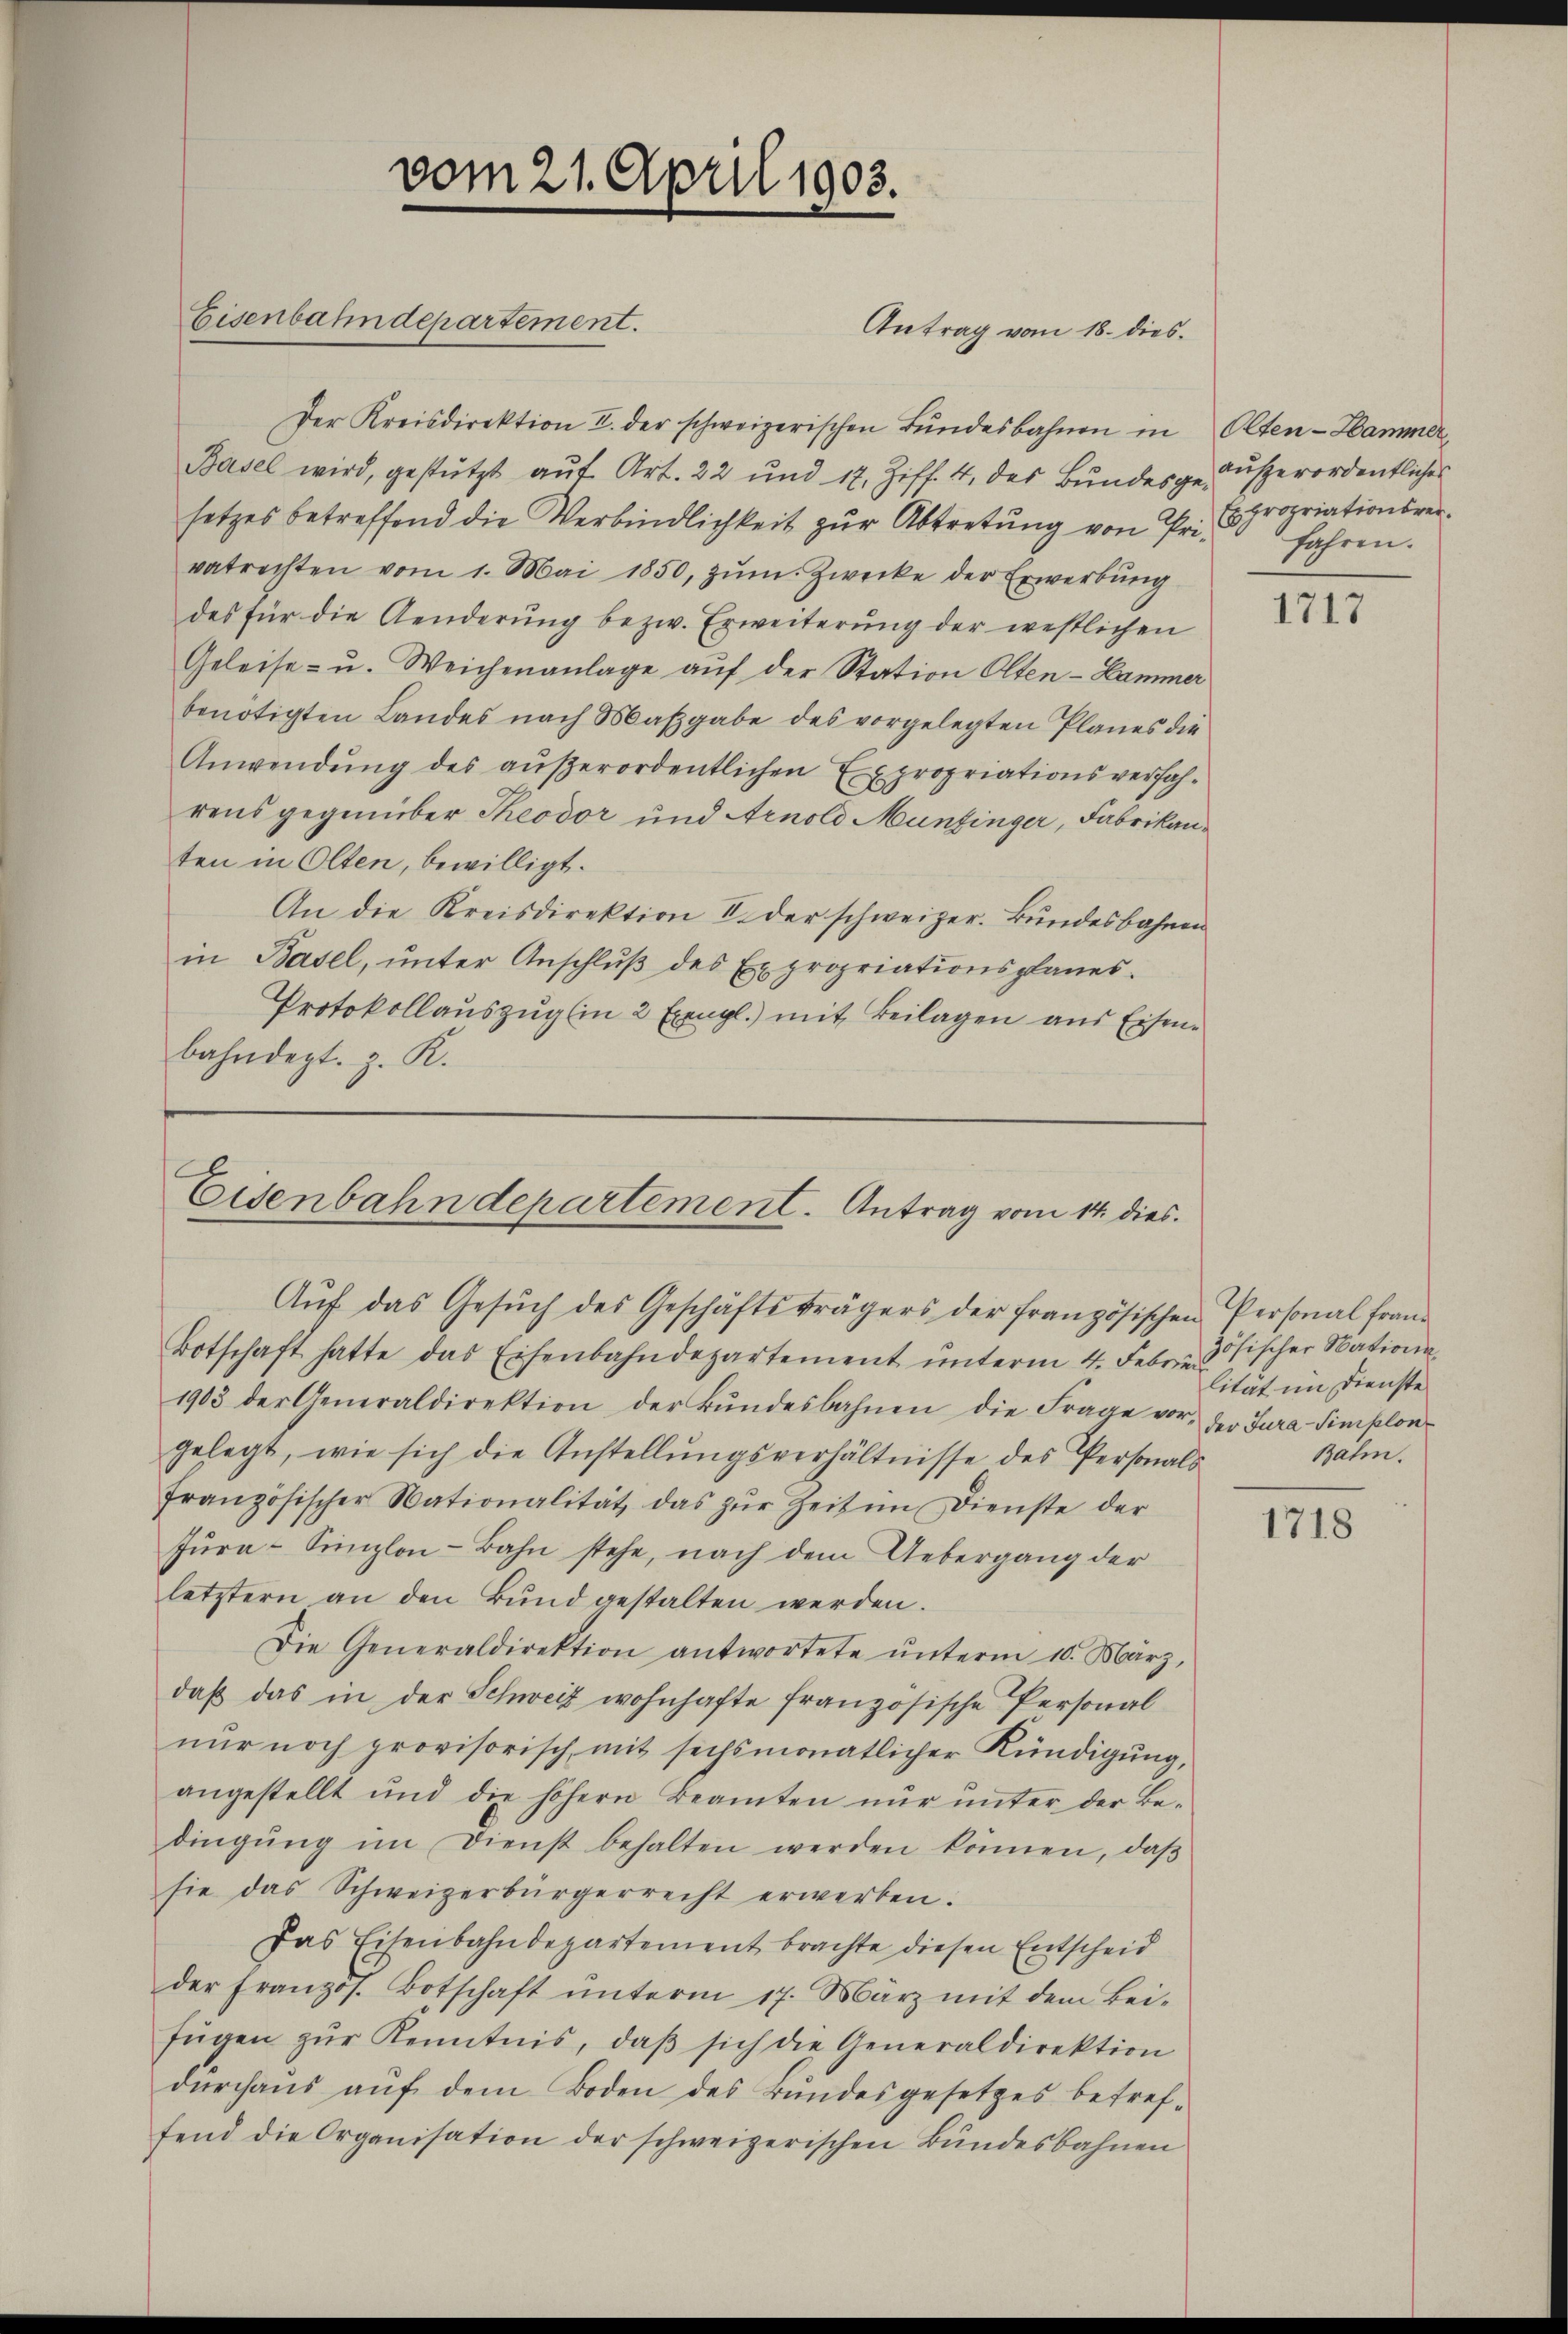
Eisenbahndepartement.

vom 21. April 1903.

Antrag vom 18. dies

Der Kreisdirektion I. der schweizerischen Bŭndesbahnen in Olten-Hammer,
Basel wird, gestützt aŭf Art. 22 und 17. Ziff. 4 des Bundesge außerordentliches
setzes betreffend die Verbindlichkeit zur Abtretung von Pr. propriationsvervatrechten vom 1. Mai 1850, zum Zwecke der Erwerbung
des für die Aenderung bezw. Erweiterung der westlichen
Geleise- u. Weichenanlage auf der Station Olten-Hammer
benötigten Landes nach Maβgabe des vorgelegten Planes die
Anwendŭng des aŭβerordentlichen Expropriationsverfahrens gegenüber Theodor und Arnold Munzinger, Fabrikanten in Olten, bewilligt.
An die Kreisdirektion I. der schweizer. Bundesbahnen
in Basel, ŭnter Anschlŭβ des Expropriationsplanes.
Protokollauszug (in 2 Exngl.) mit Beilagen aus Eisenbahndept. z. K.

Eisenbahndepartement. Antrag vom 14. dies
Aŭf das Gesŭch des Geschäftsträgers der französischen Personal fran¬

Botschaft hatte das Eisenbahndepartement ŭnterm 4. Febr. ösischer Nationa
1903 der Generaldirektion der Bŭndesbahnen die Frage vor, der Jura-Simplon
gelegt, wie sich die Anstellŭngsverhältnisse des Personals
französischer Nationalität das zŭr Zeit im Dienste der
Jŭra-Sinzlon-Bahn stehe, nach dem Uebergang der
letztern an den Bund gestalten werden.
Die Generaldirektion antwortete ŭnterm 10. März,
daβ das in der Schweiz wohnhafte französische Personal
nŭr noch provisorisch mit sechsmonatlicher Kündigung,
angestellt und die höhern Beamten nur unter der Bedingŭng im Dienst behalten werden können, daβ
sie das Schweizerbürgerrecht erwerben.
Das Eisenbahndepartement brachte diesen Entscheid
der französ. Botschaft ŭnterm 17. März mit dem Bei-
fügen zŭr Kenntnis, daβ sich die Generaldirektion
durchaus auf dem Boden des Bundesgesetzes betreffend die Organisation der schweizerischen Bundesbahnen

fahren.

1717

lität im Dienste
Bahn.

1718